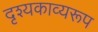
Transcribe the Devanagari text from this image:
दृश्यकाव्यरूप